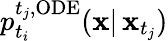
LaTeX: p_{t_{i}}^{t_{j},\mathrm{ODE}}(\mathbf{x}|\, \mathbf{x}_{t_{j}})